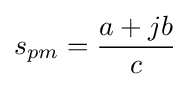
s_{pm}={\frac {a+jb}{c}}